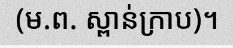
(ម.ព. ស្ពាន់ក្រាប)។